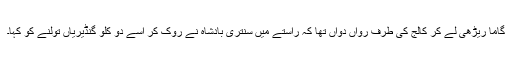
گاما ریڑھی لے کر کالج کی طرف رواں دواں تھا کہ راستے میں سنتری بادشاہ نے روک کر اسے دو کلو گنڈیریاں تولنے کو کہا۔